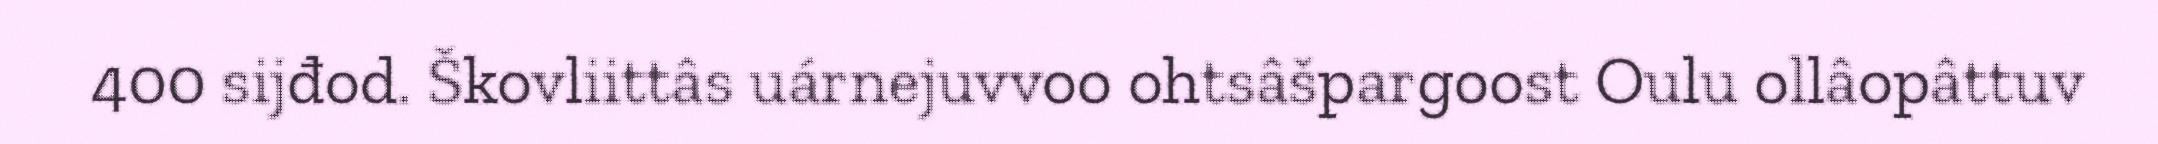
400 sijđod. Škovliittâs uárnejuvvoo ohtsâšpargoost Oulu ollâopâttuv